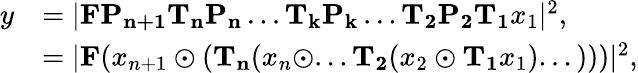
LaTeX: \begin{array}{rl}{y}&{=|\mathbf{F}\mathbf{P_{n+1}}\mathbf{T_{n}}\mathbf{P_{n}}\dots\mathbf{T_{k}}\mathbf{P_{k}}\dots\mathbf{T_{2}}\mathbf{P_{2}}\mathbf{T_{1}}x_{1}|^{2},}\\ &{=|\mathbf{F}(x_{n+1}\odot(\mathbf{T_{n}}(x_{n}\odot...\mathbf{T_{2}}(x_{2}\odot\mathbf{T_{1}}x_{1})...)))|^{2},}\end{array}